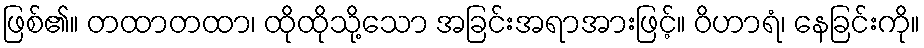
ဖြစ်၏။ တထာတထာ၊ ထိုထိုသို့သော အခြင်းအရာအားဖြင့်။ ဝိဟာရံ၊ နေခြင်းကို။